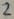
Text: 2